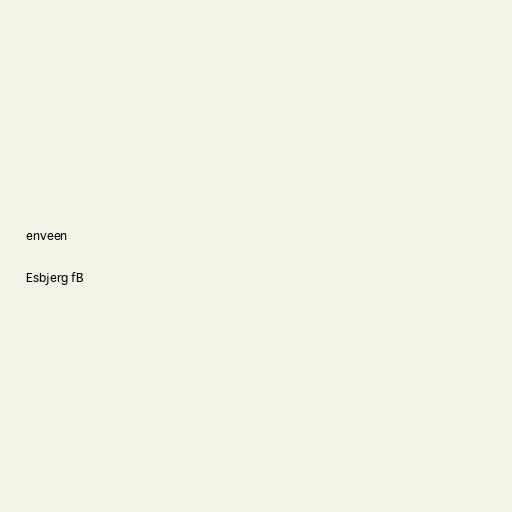
enveen

Esbjerg fB